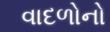
વાદળોનો